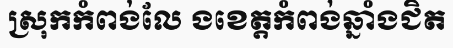
ស្រុកកំពង់លែ ងខេត្តកំពង់ឆ្នាំងជិត